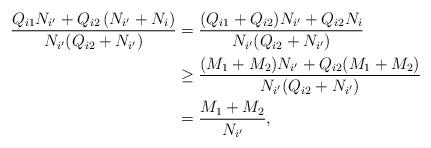
LaTeX: \begin{align*} \frac{Q_{i1}N_{i^\prime}+Q_{i2}\left(N_{i^\prime} + N_i\right)}{N_{i^\prime}(Q_{i2} + N_{i^\prime})} ={}& \frac{(Q_{i1}+Q_{i2})N_{i^\prime} +Q_{i2}N_i}{N_{i^\prime}(Q_{i2} + N_{i^\prime})} \\ \geq{}& \frac{(M_{1}+M_{2})N_{i^\prime} +Q_{i2}(M_1+M_2)}{N_{i^\prime}(Q_{i2} + N_{i^\prime})} \\ ={}& \frac{M_1 + M_2}{N_{i^\prime}},\end{align*}